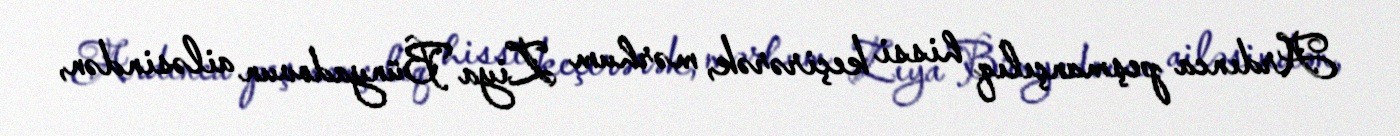
Ardınca peşmançılıq hissi keçirərək, mərhum Ziya Bünyadovun ailəsindən,